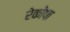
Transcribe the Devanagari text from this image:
रेकोपा